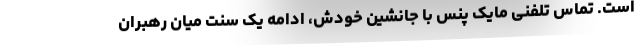
است. تماس تلفنی مایک پنس با جانشین خودش، ادامه یک سنت میان رهبران